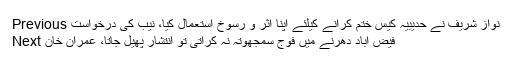
Previous نواز شریف نے حدیبیہ کیس ختم کرانے کیلئے اپنا اثر و رسوخ استعمال کیا، نیب کی درخواست
Next فیض آباد دھرنے میں فوج سمجھوتہ نہ کراتی تو انتشار پھیل جاتا، عمران خان